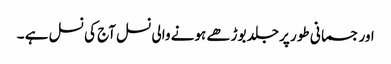
اور جسمانی طور پر جلد بوڑھے ہونے والی نسل آج کی نسل ہے ۔